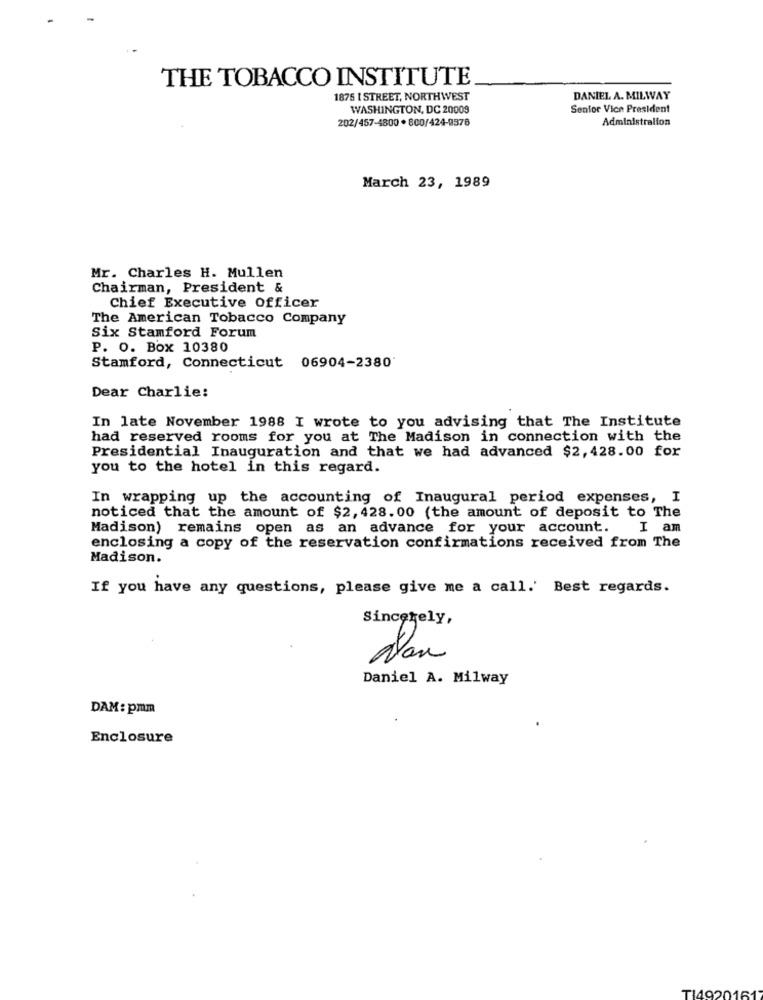
THE TOBACCO INSTITUTE
1875 [ STREET, NORTHWEST
DANIEL A. MILWAY
WASHINGTON, DC 20009
Senior Vice President
202/457-4800 . 800/424-0378
Administralion
March 23, 1989
Mr. Charles H. Mullen
Chairman, President &
Chief Executive Officer
The American Tobacco Company
Six Stamford Forum
P. O. Box 10380
Stamford, Connecticut 06904-2380
Dear Charlie:
In late November 1988 I wrote to you advising that The Institute
had reserved rooms for you at The Madison in connection with the
Presidential Inauguration and that we had advanced $2,428.00 for
you to the hotel in this regard.
In wrapping up the accounting of Inaugural period expenses, I
noticed that the amount of $2, 428.00 (the amount of deposit to The
Madison) remains open as an advance for your account. I am
enclosing a copy of the reservation confirmations received from The
Madison.
If you have any questions, please give me a call.' Best regards.
Sincerely,
Daniel A. Milway
DAM: pmm
Enclosure
TI4920